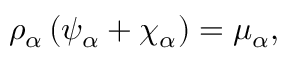
\begin{array} { r } { \rho _ { \alpha } \left( \psi _ { \alpha } + \chi _ { \alpha } \right) = \mu _ { \alpha } , } \end{array}